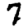
Digit: 7